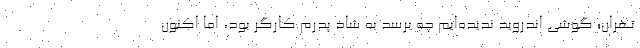
تهران؛ گوشی اندروید ندیده‌ایم چه برسد به شاد پدرم کارگر بود، اما اکنون